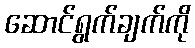
ဆောင်ရွက်ချက်ကို